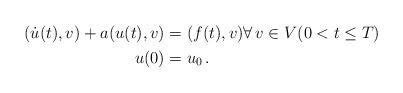
LaTeX: \begin{align*} \begin{alignedat}{1} (\dot u(t),v) + a(u(t),v) &= (f(t),v) \forall \,v\in V (0<t\le T)\\ u(0) &= u_0\,. \end{alignedat} \end{align*}